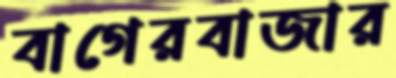
বাগেরবাজার